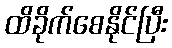
ထိခိုက်စေနိုင်ပြီး